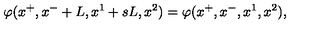
\varphi ( x ^ { + } , x ^ { - } + L , x ^ { 1 } + s L , x ^ { 2 } ) = \varphi ( x ^ { + } , x ^ { - } , x ^ { 1 } , x ^ { 2 } ) ,